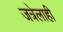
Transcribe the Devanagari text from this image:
जत्रेलाही